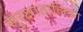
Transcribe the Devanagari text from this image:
सुरक्षातालिका